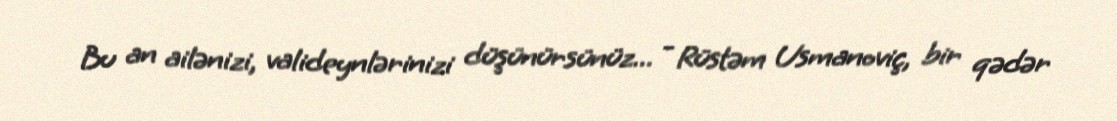
Bu an ailənizi, valideynlərinizi düşünürsünüz... - Rüstəm Usmanoviç, bir qədər